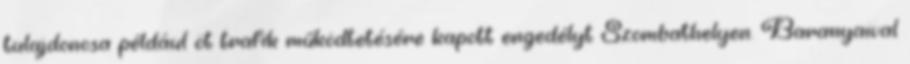
tulajdonosa például öt trafik működtetésére kapott engedélyt Szombathelyen. Baranyaival